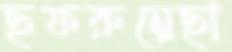
ছফরুন্নেছা